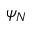
\psi _ { N }